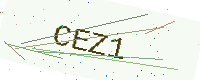
Text: CEZ1